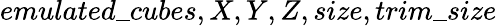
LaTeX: emulated\_ cubes,X,Y,Z,size,trim\_ size